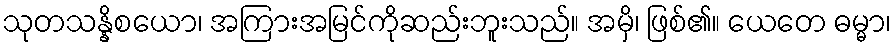
သုတသန္နိစယော၊ အကြားအမြင်ကိုဆည်းဘူးသည်။ အမှိ၊ ဖြစ်၏။ ယေတေ ဓမ္မာ၊